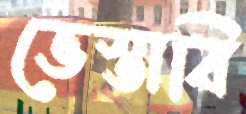
ভেস্তাবি